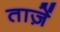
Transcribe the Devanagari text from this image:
ताज़ें